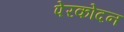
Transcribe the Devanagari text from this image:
पेरकोदन